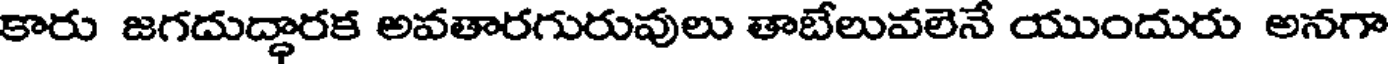
కారు జగదుద్ధారక అవతారగురువులు తాబేలువలెనే యుందురు అనగా